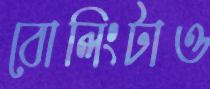
বোলিংটাও